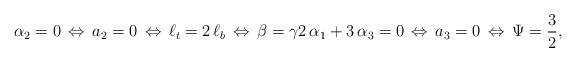
\begin{align*}\alpha_2=0\,\Leftrightarrow\,a_2=0\,\Leftrightarrow\,\ell_t=2\,\ell_b\,\Leftrightarrow\,\beta=\gamma 2\,\alpha_1+3\,\alpha_3=0\,\Leftrightarrow \,a_3=0\,\Leftrightarrow \,\Psi=\frac{3}{2},\end{align*}